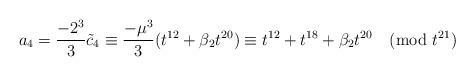
LaTeX: \begin{align*} a_4 = \frac{-2^3}{3} \tilde{c}_4 \equiv \frac{-\mu^3}{3} (t^{12} + \beta_2 t^{20}) \equiv t^{12} + t^{18} + \beta_2 t^{20} \pmod{t^{21}} \end{align*}